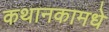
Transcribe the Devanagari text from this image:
कथानकामधे